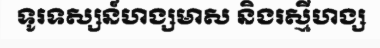
ទូរទស្សន៍ហង្សមាស និងរស្មីហង្ស